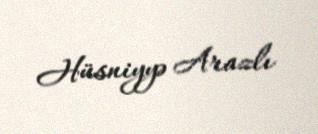
Hüsniyyə Arazlı